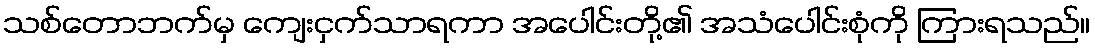
သစ်တောဘက်မှ ကျေးငှက်သာရကာ အပေါင်းတို့၏ အသံပေါင်းစုံကို ကြားရသည်။